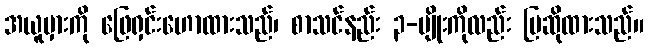
အယူမှားကို ဖြေရှင်းဟောထားသည်၊ စာသင်နည်း ၃-မျိုးကိုလည်း ပြဆိုထားသည်။